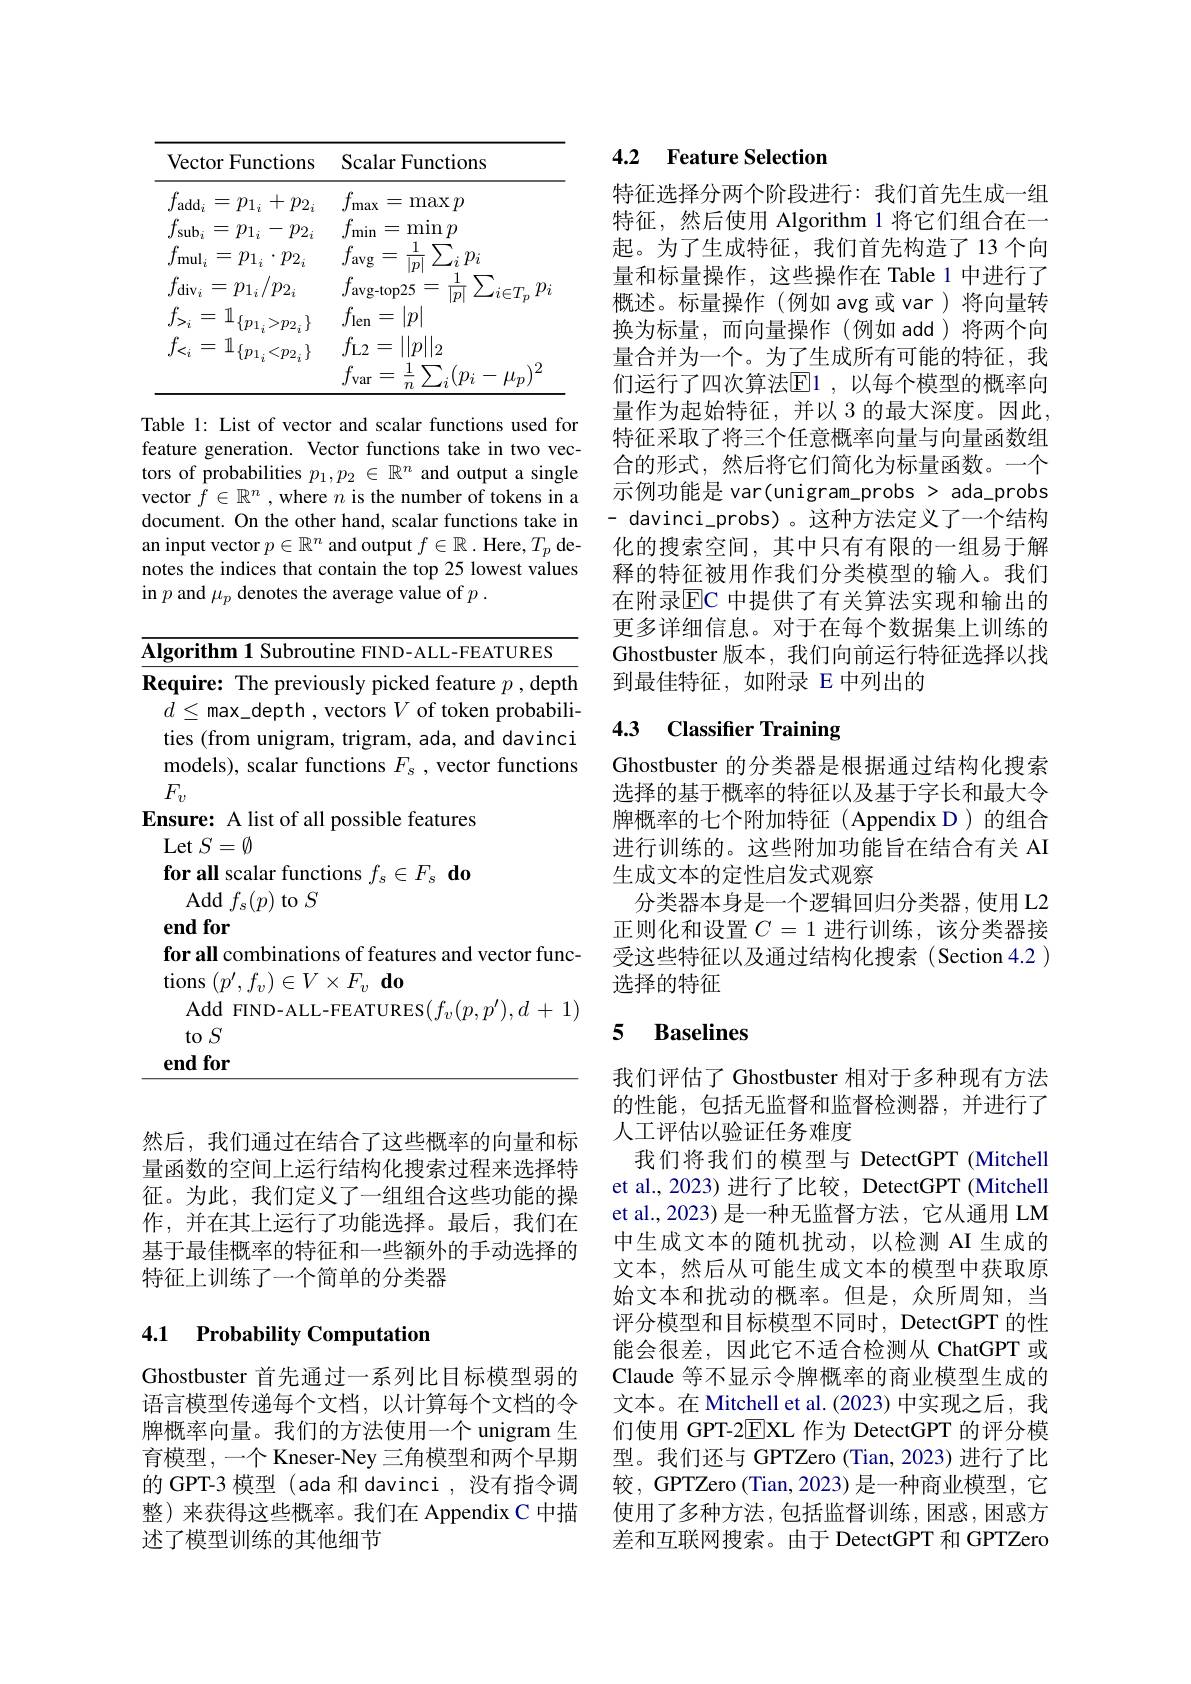
<table>
	<tbody>
		<tr>
			<th>Vector Functions</th>
			<th>Scalar Functions</th>
		</tr>
		<tr>
			<td>$f_{\mathrm{add}_i}$ $p_{1_{i}}+$ $-p_{2_i}$ =</td>
			<td>$f_{\mathrm{max}}$ = $\max p$</td>
		</tr>
		<tr>
			<td> </td>
			<td>var $\setminus{p_{i}}$ 一 $\cdot\mu_{p}$ 77</td>
		</tr>
	</tbody>
</table>

Table 1: List of vector and scalar functions used for feature generation. Vector functions take in two vectors of probabilities $p_1,p_2\in\mathbb{R}^n$ and output a single vector $f\in\mathbb{R}^n$ ,where $n$ is the number of tokens in a document. On the other hand, scalar functions take in an input vector $p\in\mathbb{R}^n$ and output $f\in\mathbb{R}.$ Here, $T_p$ denotes the indices that contain the top 25 lowest values in $p$ and $\mu_p$ denotes the average value of $p.$

<table>
	<tbody>
		<tr>
			<td>$A$</td>
			<td>${\mathrm{orithm~1~Subroutine~FIND-ALL-FEATURES}}$</td>
		</tr>
		<tr>
			<td> </td>
			<td>Iu IL r all combinations of features and vector func $\operatorname { ons} ( p^{\prime }, f_{v}) \in V\times F_{v}\textbf{do}$</td>
		</tr>
		<tr>
			<td> </td>
			<td>${\mathrm{Add~FIND-ALL-FEATURES}}(f_{v}(p,p^{\prime}),d+1$ $to$ $S$ $1dfor$</td>
		</tr>
	</tbody>
</table>

然后，我们通过在结合了这些概率的向量和标量函数的空间上运行结构化搜索过程来选择特征。为此，我们定义了一组组合这些功能的操作，并在其上运行了功能选择。最后，我们在基于最佳概率的特征和一些额外的手动选择的特征上训练了一个简单的分类器

## 4.1 Probability Computation

Ghostbuster 首先通过一系列比目标模型弱的语言模型传递每个文档，以计算每个文档的令牌概率向量。我们的方法使用一个 unigram 生育模型，一个 Kneser-Ney 三角模型和两个早期的 GPT-3 模型 (ada 和 davinci ,没有指令调整) 来获得这些概率。我们在 Appendix C 中描述了模型训练的其他细节

## 4.2 Feature Selection

特征选择分两个阶段进行：我们首先生成一组特征，然后使用 Algorithm 1 将它们组合在一起。为了生成特征，我们首先构造了13个向量和标量操作，这些操作在 Table 1 中进行了概述。标量操作(例如 avg 或 var)将向量转换为标量，而向量操作(例如 add)将两个向量合并为一个。为了生成所有可能的特征，我们运行了四次算法$\operatorname{E}$1,以每个模型的概率向量作为起始特征，并以 3 的最大深度。因此， 特征采取了将三个任意概率向量与向量函数组合的形式，然后将它们简化为标量函数。一个示例功能是 var(unigram\_probs > ada\_probs - davinci\_probs)。这种方法定义了一个结构化的搜索空间，其中只有有限的一组易于解释的特征被用作我们分类模型的输入。我们在附录$\overline{\mathrm{EC}}$ 中提供了有关算法实现和输出的更多详细信息。对于在每个数据集上训练的Ghostbuster 版本，我们向前运行特征选择以找到最佳特征，如附录 E 中列出的

## 4.3 Classifier Training

Ghostbuster 的分类器是根据通过结构化搜索选择的基于概率的特征以及基于字长和最大令牌概率的七个附加特征(Appendix D)的组合进行训练的。这些附加功能旨在结合有关 AI 生成文本的定性启发式观察
分类器本身是一个逻辑回归分类器，使用 L2正则化和设置$C=1$进行训练，该分类器接受这些特征以及通过结构化搜索(Section 4.2) 选择的特征

### 5 Baselines

我们评估了 Ghostbuster 相对于多种现有方法的性能，包括无监督和监督检测器，并进行了人工评估以验证任务难度
我们将我们的模型与 DetectGPT (Mitchell et al., 2023) 进行了比较，DetectGPT (Mitchell et al., 2023) 是一种无监督方法，它从通用 LM 中生成文本的随机扰动，以检测 AI 生成的文本，然后从可能生成文本的模型中获取原始文本和扰动的概率。但是，众所周知，当评分模型和目标模型不同时，DetectGPT 的性能会很差，因此它不适合检测从 ChatGPT 或Claude 等不显示令牌概率的商业模型生成的文本。在 Mitchell et al. (2023) 中实现之后，我们使用 GPT-2$\overline{\mathrm{E}}$XL 作为 DetectGPT 的评分模型。我们还与 GPTZero (Tian, 2023) 进行了比较，GPTZero (Tian, 2023) 是一种商业模型，它使用了多种方法，包括监督训练，困惑，困惑方差和互联网搜索。由于 DetectGPT 和 GPTZero